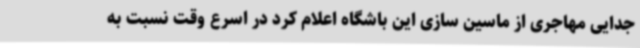
جدایی مهاجری از ماسین سازی این باشگاه اعلام کرد در اسرع وقت نسبت به